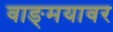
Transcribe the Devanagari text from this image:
वाङ्‌मयावर